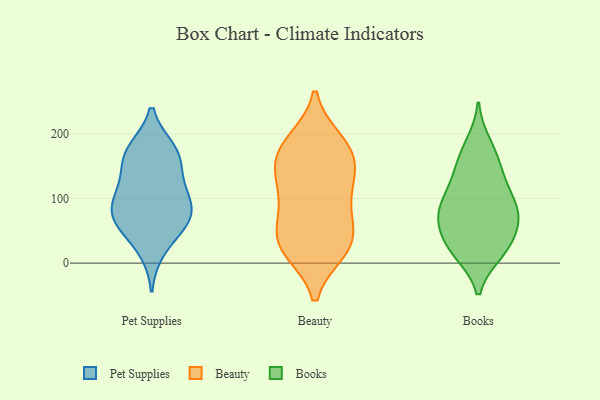
{"axis": {"x": "Demand Index", "y": "Value"}, "legend": ["Beauty", "Books", "Pet Supplies"], "data": [{"x": "", "y": 68, "type": "Pet Supplies"}, {"x": "", "y": 55, "type": "Pet Supplies"}, {"x": "", "y": 120, "type": "Pet Supplies"}, {"x": "", "y": 81, "type": "Pet Supplies"}, {"x": "", "y": 154, "type": "Pet Supplies"}, {"x": "", "y": 20, "type": "Pet Supplies"}, {"x": "", "y": 77, "type": "Pet Supplies"}, {"x": "", "y": 175, "type": "Pet Supplies"}, {"x": "", "y": 113, "type": "Pet Supplies"}, {"x": "", "y": 65, "type": "Pet Supplies"}, {"x": "", "y": 101, "type": "Pet Supplies"}, {"x": "", "y": 176, "type": "Pet Supplies"}, {"x": "", "y": 167, "type": "Pet Supplies"}, {"x": "", "y": 178, "type": "Beauty"}, {"x": "", "y": 20, "type": "Beauty"}, {"x": "", "y": 78, "type": "Beauty"}, {"x": "", "y": 40, "type": "Beauty"}, {"x": "", "y": 138, "type": "Beauty"}, {"x": "", "y": 35, "type": "Beauty"}, {"x": "", "y": 22, "type": "Beauty"}, {"x": "", "y": 27, "type": "Beauty"}, {"x": "", "y": 134, "type": "Beauty"}, {"x": "", "y": 77, "type": "Beauty"}, {"x": "", "y": 176, "type": "Beauty"}, {"x": "", "y": 175, "type": "Beauty"}, {"x": "", "y": 136, "type": "Beauty"}, {"x": "", "y": 188, "type": "Beauty"}, {"x": "", "y": 105, "type": "Beauty"}, {"x": "", "y": 172, "type": "Books"}, {"x": "", "y": 74, "type": "Books"}, {"x": "", "y": 18, "type": "Books"}, {"x": "", "y": 133, "type": "Books"}, {"x": "", "y": 95, "type": "Books"}, {"x": "", "y": 15, "type": "Books"}, {"x": "", "y": 49, "type": "Books"}, {"x": "", "y": 24, "type": "Books"}, {"x": "", "y": 133, "type": "Books"}, {"x": "", "y": 106, "type": "Books"}, {"x": "", "y": 89, "type": "Books"}, {"x": "", "y": 185, "type": "Books"}, {"x": "", "y": 64, "type": "Books"}, {"x": "", "y": 54, "type": "Books"}, {"x": "", "y": 17, "type": "Books"}, {"x": "", "y": 88, "type": "Books"}, {"x": "", "y": 153, "type": "Books"}, {"x": "", "y": 67, "type": "Books"}]}